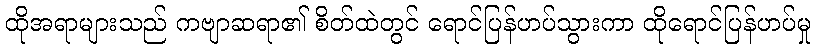
ထိုအရာများသည် ကဗျာဆရာ၏ စိတ်ထဲတွင် ရောင်ပြန်ဟပ်သွားကာ ထိုရောင်ပြန်ဟပ်မှု